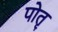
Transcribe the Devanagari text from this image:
पोतृ